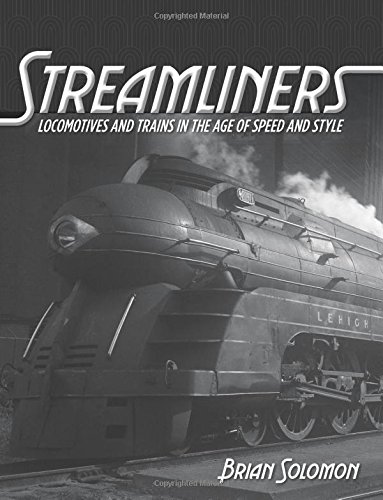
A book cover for Streamliners: Locomotives and Trains in the Age of Speed and Style; Brian Solomon; Engineering & Transportation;